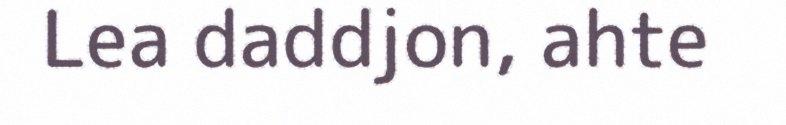
Lea daddjon, ahte